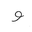
Letter: _waw